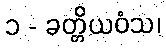
၁ - ခတ္တိယဝံသ၊